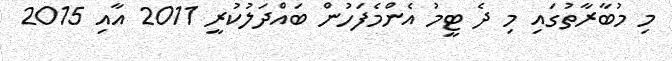
މި މުބާރާތުގައި މި ދެ ޓީމު އެންމެފަހުން ބައްދަލުކުރީ 2011 އާއި 2015